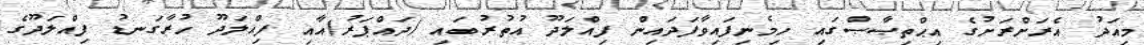
މިއަދު އެރަށްރަށުގެ އިޙްތިޞާޞްގައި ހިމެނިފައިވާފަދައިން ފިއްލަދޫ އުތުރުބައި (ދައްޕަރު)އާއި ފިއްލަދޫ ހުރާގަނޑު ފިއްލަދޫގެ